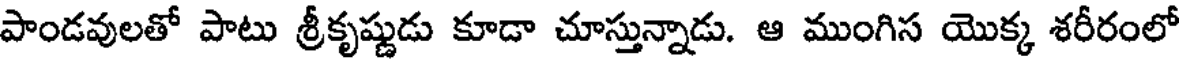
పాండవులతో పాటు శ్రీకృష్ణుడు కూడా చూస్తున్నాడు. ఆ ముంగిస యొక్క శరీరంలో